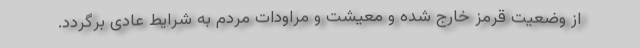
از وضعیت قرمز خارج شده و معیشت و مراودات مردم به شرایط عادی برگردد.